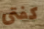
كفتى